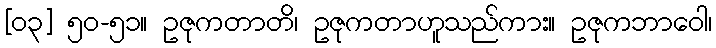
[၀၃] ၅၀-၅၁။ ဥဇုကတာတိ၊ ဥဇုကတာဟူသည်ကား။ ဥဇုကဘာဝေါ၊